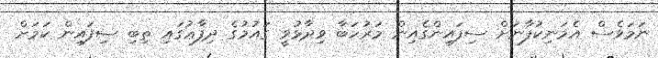
ނަމަވެސް އެމަނިކުފާނަށް ސިފައިންގެއިން މަރުހަބާ ވިދާޅުވީ ގައުމުގެ ދިފާޢުގައި ތިބި ސިފައިން ކަމަށް